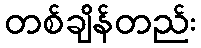
တစ်ချိန်တည်း